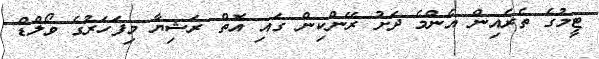
ޓީމުގެ ތެރެއިން އެންމެ ދަށު ރޭންކިން ގައި އޮތް ރަޝިޔާ މިފަހަރުގެ ވޯލްޑް